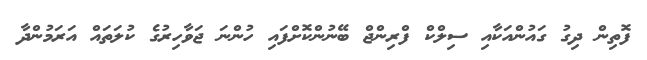
ފޮތިން ދިގު ގައުންއަކާއި ސިލްކް ފްރިންޖް ބޭނުންކޮށްފައި ހުންނަ ޖަވާހިރުގެ ކުލަތައް އަރަމުންދާ